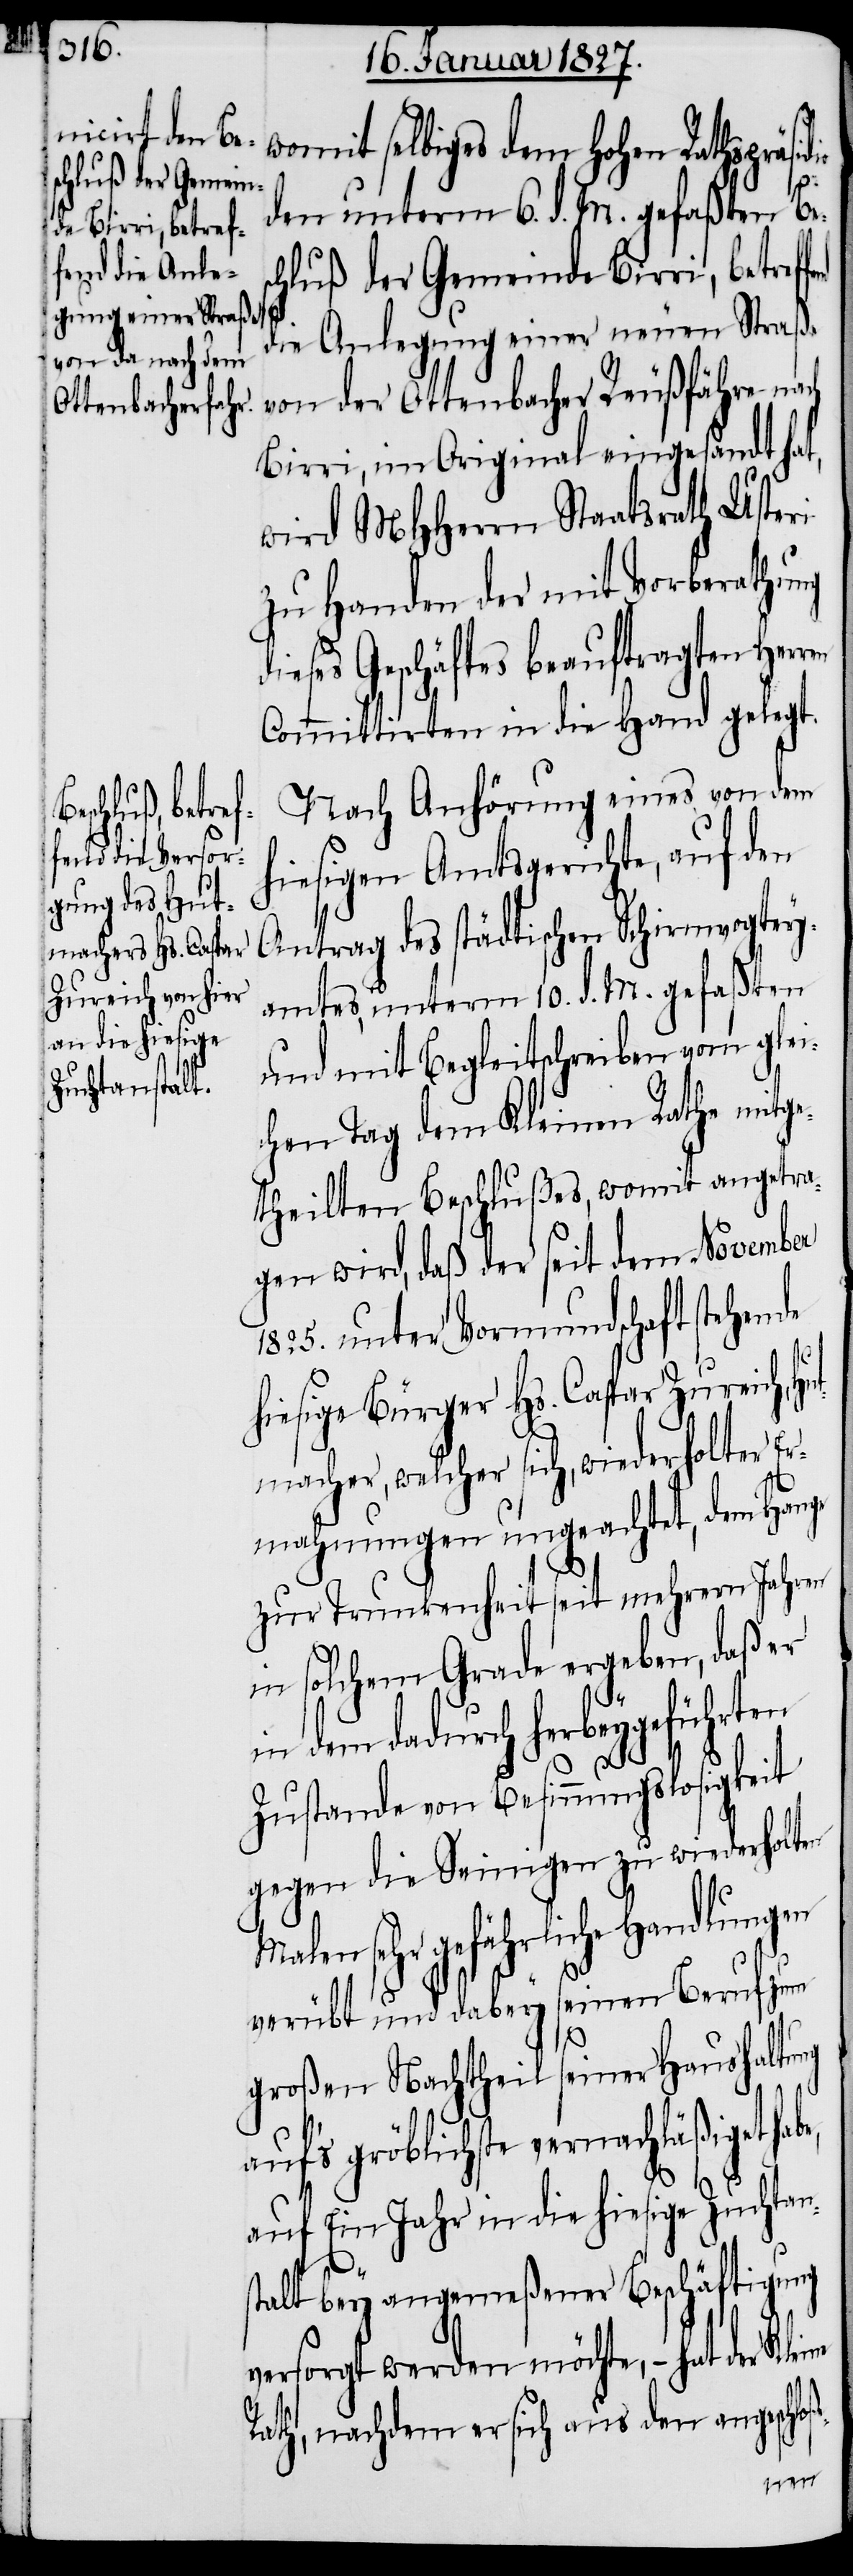
womit selbiges dem Hohen Rathspräsi¬
den unterm 6. d. M. gefaßen Bes¬
chluß der Gemeinde Birri, betreff¬
be,
die Anlegung einer neuen Straße
von der Ottenbacher Reußfähre nach
Birri, im Original eingesandt ha¬
wird MHHerrn Staatsrath Usteri
zu Handen der mit Vorberathung
ieses Geschäftes beauftragten Her¬
Committirten in die Hand gelegt.
Nach Anhörung eines von dem
hiesigen Amtsgerichte, auf den
Antrag des städtischen Schirmvogtey¬
amtes, unterm 10. d. M. gefaßten
und mit Begleitschreiben vom glei¬
chen Tag dem Kleinen Rathe mitge¬
theilten Beschlußes, womit angetra¬
gen wird, daß der seit dem November
1825. unter Vormundschaft stehende
hiesige Bürger Hs. Caspar Zureich, H¬
macher, welcher sich, wiederholter E¬
rmahnungen ungeachtet, dem Hange
zur Trunkenheit seit mehrern Jahren
in solchem Grade ergeben, daß er
in dem dadurch herbeygeführten
Zustande von Besinnungslosigkeit
gegen die Seinigen zu wiederholten
Malen sehr gefährliche Handlungen
verübt und dabey seinen Beruf zum
großen Nachtheil seiner Haushaltung
auf’s gröblichste vernachläßiget ha¬
auf Ein Jahr in die hiesige Zuchtan¬
stalt bey angemeßener Beschäftigung
versorgt werden möchte, – hat der Kleine
Rath, nachdem er sich aus den angeschl¬
oße-